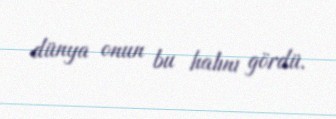
dünya onun bu halını gördü.